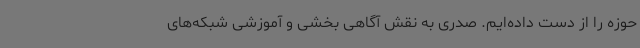
حوزه را از دست داده‌ایم. صدری به نقش آگاهی بخشی و آموزشی شبکه‌های